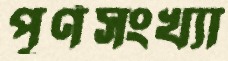
পূর্ণসংখ্যা